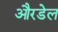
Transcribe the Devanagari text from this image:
औरडेल